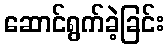
ဆောင်ရွက်ခဲ့ခြင်း